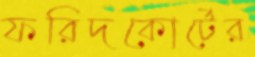
ফরিদকোর্টের